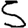
Digit: 5